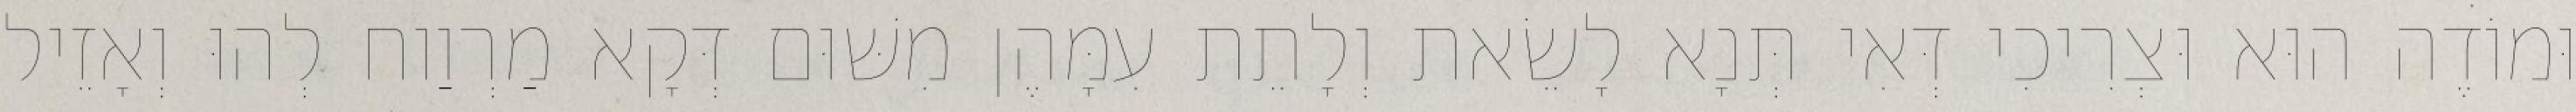
וּמוֹדֶה הוּא וּצְרִיכִי דְּאִי תְּנָא לָשֵׂאת וְלָתֵת עִמָּהֶן מִשּׁוּם דְּקָא מַרְוַוח לְהוּ וְאָזֵיל